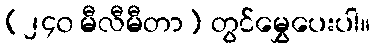
(၂၄၀ မီလီမီတာ) တွင်မွှေပေးပါ။